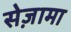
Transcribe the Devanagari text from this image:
सेज़ामा